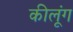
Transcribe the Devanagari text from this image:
कीलूंग